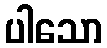
ပါသော